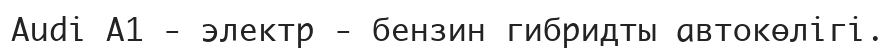
Audi A1 - электр - бензин гибридты автокөлiгi.